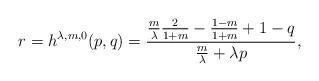
LaTeX: \begin{align*}r=h^{\lambda,m,0}(p,q) = \frac{\frac{m}{ \lambda} \frac{2}{1+m}-\frac{1-m}{1+m} + 1 - q}{\frac{m}{ \lambda} + \lambda p}, \end{align*}